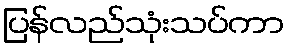
ပြန်လည်သုံးသပ်ကာ